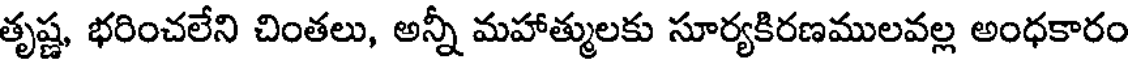
తృష్ణ, భరించలేని చింతలు, అన్నీ మహాత్ములకు సూర్యకిరణములవల్ల అంధకారం